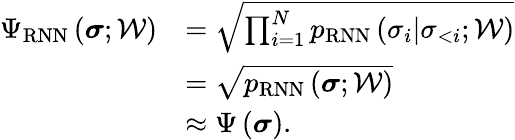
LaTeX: \begin{array}{rl}{\Psi_{\mathrm{RNN}}\left(\boldsymbol{\sigma};\mathcal{W}\right)}&{=\sqrt{\prod_{i=1}^{N}p_{\mathrm{RNN}}\left(\sigma_{i}|\sigma_{<i};\mathcal{W}\right)}}\\ &{=\sqrt{p_{\mathrm{RNN}}\left(\boldsymbol{\sigma};\mathcal{W}\right)}}\\ &{\approx\Psi\left(\boldsymbol{\sigma}\right).}\end{array}